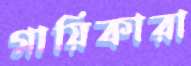
গায়িকারা